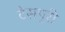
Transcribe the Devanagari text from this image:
टेसपुरी